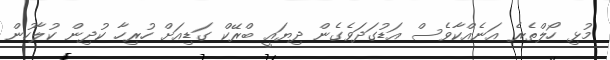
މުޅި ހޯލްތެރެ އަނެއްކާވެސް އަޑުގަދަވެގެން ދިޔައީ ބްރޭކް ގަޑިއަށް ހުރިހާ ކުދިން ކުލާހުން